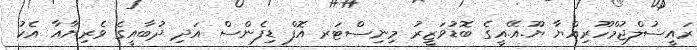
ރައީސުލްޖުމްހޫރިއްޔާ ޔޫ.އޭ.އީގެ ބޮޑުވަޒީރު މިނިސްޓަރ އޮފް ޑިފެންސް އަދި ދުބާއީގެ ވެރިޔާއާ އެކު